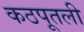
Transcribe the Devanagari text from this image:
कठपूतली